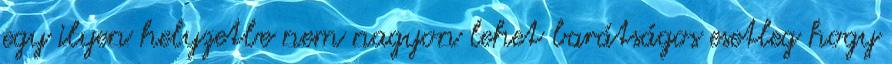
egy ilyen helyzetbe nem nagyon lehet barátságos esetleg hogy